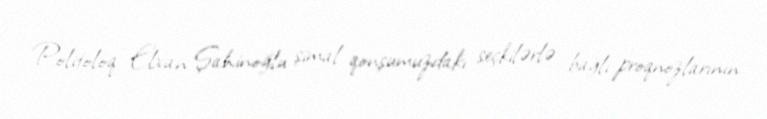
Politoloq Elxan Şahinoğlu şimal qonşumuzdakı seçkilərlə bağlı proqnozlarının